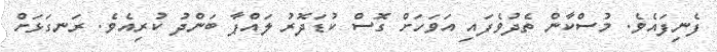
ފެނިފައެވެ. މުސްކާން ތެދުވެފައި އަވަހަށް ގޮސް ކުޑަދޮރު ލައްޕާ ބަންދު ކުރިއެވެ. ރަނގަޅަށް